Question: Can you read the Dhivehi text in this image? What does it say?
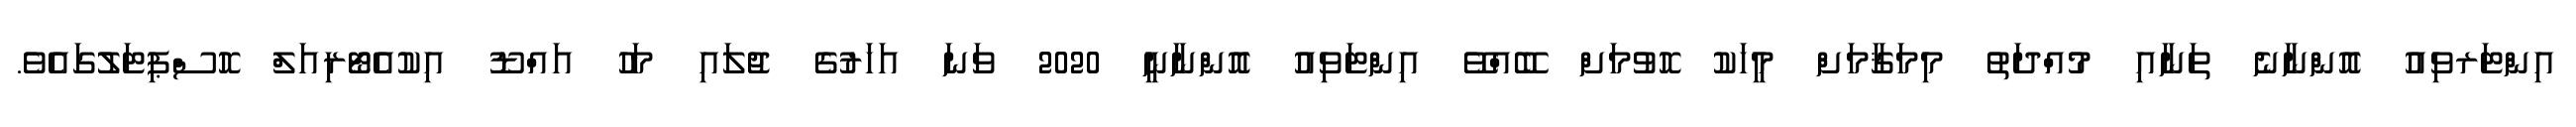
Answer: އިންޓަރވިއު އޮންނާނެ ތަނާއި މުއްދަތު މިމަޤާމަށް މީހަކު ހޮވުމަށް ބޭއްވޭ އިންޓަވިއު އޮންނާނީ 2020 ވަނަ އަހަރުގެ ޖުލައި މަހު އައްޑޫ އިކުއެޓޯރިއަލް ހޮސްޕިޓަލުގައެވެ.